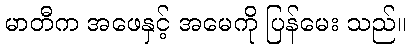
မာတီက အဖေနှင့် အမေကို ပြန်မေး သည်။